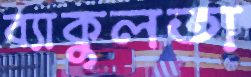
ব্যাকুলতা